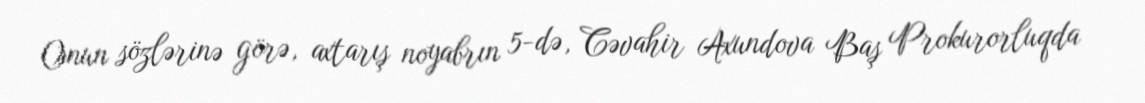
Onun sözlərinə görə, axtarış noyabrın 5-də, Cəvahir Axundova Baş Prokurorluqda